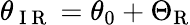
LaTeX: \theta_{\mathrm{~I~R~}}=\theta_{0}+\Theta_{\mathrm{{R}}}